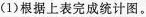
(1)根据上表完成统计图。